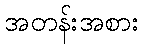
အတန်းအစား